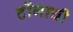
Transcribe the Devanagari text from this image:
टोंगाची